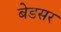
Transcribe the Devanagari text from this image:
बेडसर